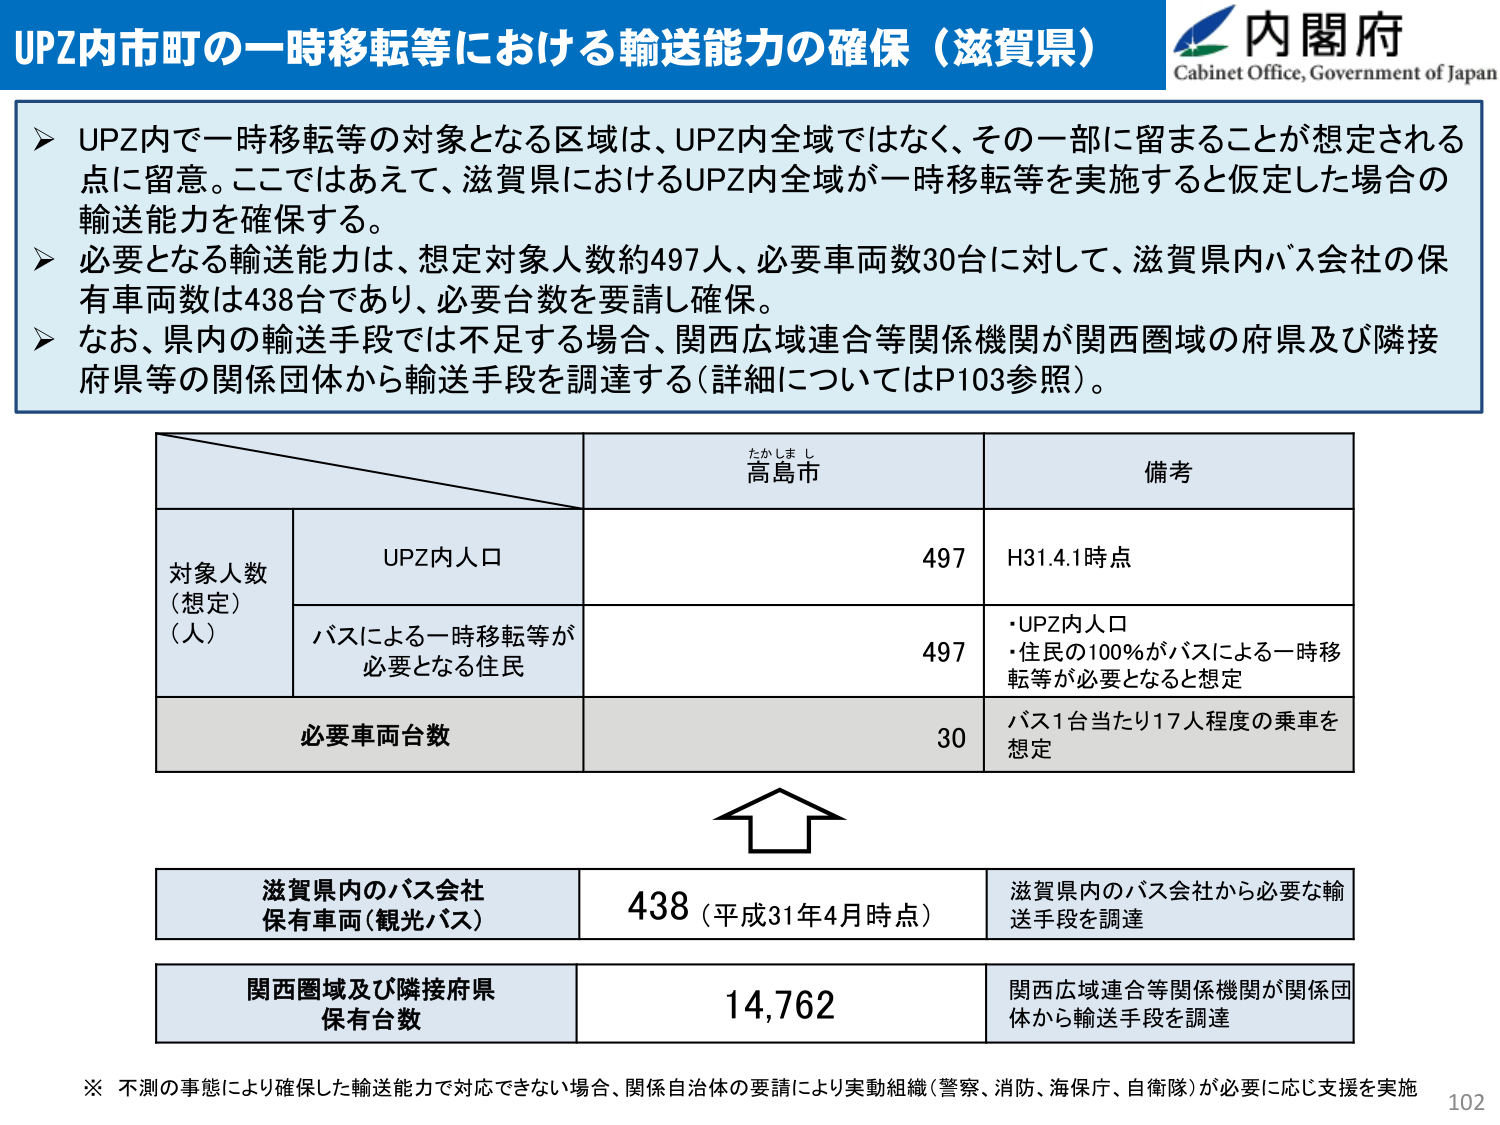
UPZ内市町の一時移転等における輸送能力の確保（滋賀県）
内閣府
Cabinet Office, Government of Japan

➤ UPZ内で一時移転等の対象となる区域は、UPZ内全域ではなく、その一部に留まることが想定される点に留意。ここではあえて、滋賀県におけるUPZ内全域が一時移転等を実施すると仮定した場合の輸送能力を確保する。
➤ 必要となる輸送能力は、想定対象人数約497人、必要車両数30台に対して、滋賀県内バス会社の保有車両数は438台であり、必要台数を要請し確保。
➤ なお、県内の輸送手段では不足する場合、関西広域連合等関係機関が関西圏域の府県及び隣接府県等の関係団体から輸送手段を調達する（詳細についてはP103参照）。

たかしま し
高島市
備考

対象人数
（想定）
（人）
UPZ内人口
497
H31.4.1時点

バスによる一時移転等が
必要となる住民
497
・UPZ内人口
・住民の100％がバスによる一時移転等が必要となると想定

必要車両台数
30
バス1台当たり17人程度の乗車を想定

滋賀県内のバス会社
保有車両（観光バス）
438（平成31年4月時点）
滋賀県内のバス会社から必要な輸送手段を調達

関西圏域及び隣接府県
保有台数
14,762
関西広域連合等関係機関が関係団体から輸送手段を調達

※ 不測の事態により確保した輸送能力で対応できない場合、関係自治体の要請により実動組織（警察、消防、海保庁、自衛隊）が必要に応じ支援を実施
102